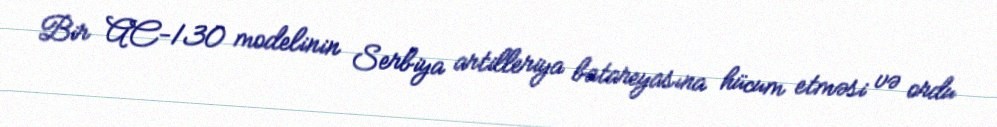
Bir AC-130 modelinin Serbiya artilleriya batareyasına hücum etməsi və ordu